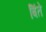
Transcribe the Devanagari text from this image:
बिंते